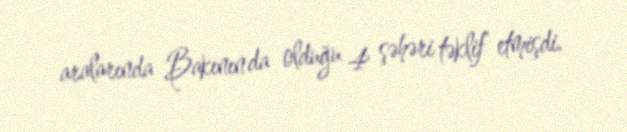
aralarında Bakının da olduğu 4 şəhəri təklif etmişdi.